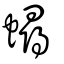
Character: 蟳